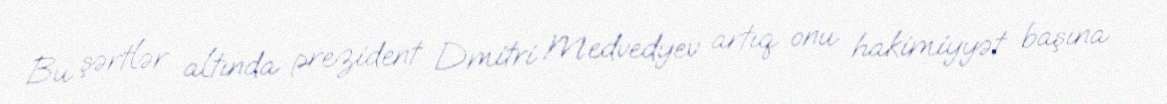
Bu şərtlər altında prezident Dmitri Medvedyev artıq onu hakimiyyət başına